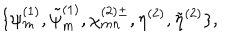
LaTeX: \{ \psi _ { m } ^ { ( 1 ) } , \tilde { \psi } _ { m } ^ { ( 1 ) } , \chi _ { m n } ^ { ( 2 ) \pm } , \eta ^ { ( 2 ) } , \tilde { \eta } ^ { ( 2 ) } \} ,